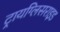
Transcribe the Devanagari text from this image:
ट्रायग्लिसराइड